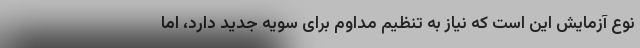
نوع آزمایش این است که نیاز به تنظیم مداوم برای سویه جدید دارد، اما